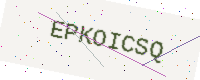
Text: EPKOICSQ